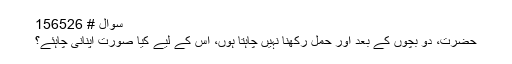
سوال # 156526
حضرت، دو بچوں کے بعد اور حمل رکھنا نہیں چاہتا ہوں، اس کے لیے کیا صورت اپنانی چاہئے؟